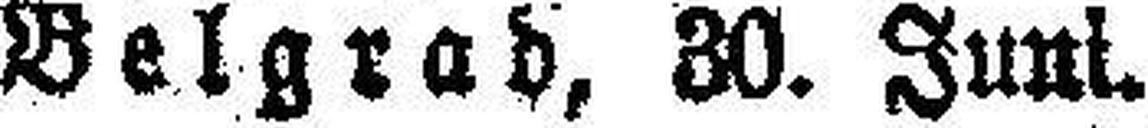
Belgrad, 30. Juni.